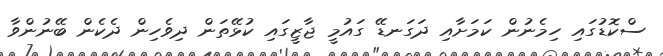
ސްކޮޑުގައި ހިމެނުން ކަމަށާއި ދަގަނޑޭ ގައުމީ ޖާޒީގައި ކުޅޭތަން ދިވެހިން ދެކެން ބޭނުންވާ